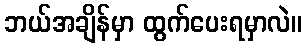
ဘယ်အချိန်မှာ ထွက်ပေးရမှာလဲ။